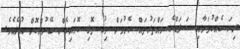
ރިހަ ކެއްކުމަށާއި ސަލަޑްގެ ވައްތަރުތައް ހެދުމަށް ދިގު ތޮޅި ކޮށައިގެން ބޭނުންކޮށް އުޅެއެވެ.